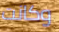
وكانت